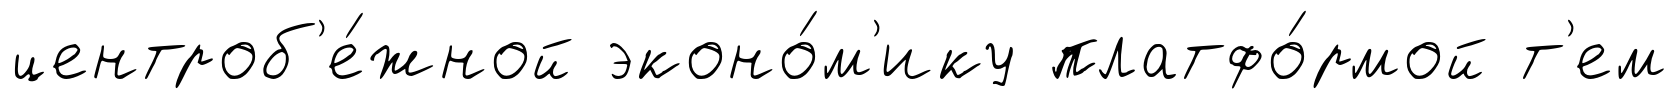
центроб'е́жной эконо́м'ику платфо́рмой т'ем